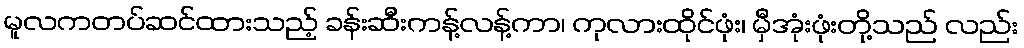
မူလကတပ်ဆင်ထားသည့် ခန်းဆီးကန့်လန့်ကာ၊ ကုလားထိုင်ဖုံး၊ မှီအုံးဖုံးတို့သည် လည်း